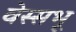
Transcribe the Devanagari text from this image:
वेस्सभू